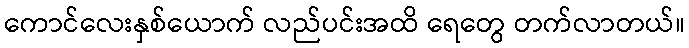
ကောင်လေးနှစ်ယောက် လည်ပင်းအထိ ရေတွေ တက်လာတယ်။